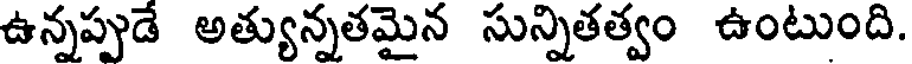
ఉన్నప్పుడే అత్యున్నతమైన సున్నితత్వం ఉంటుంది.